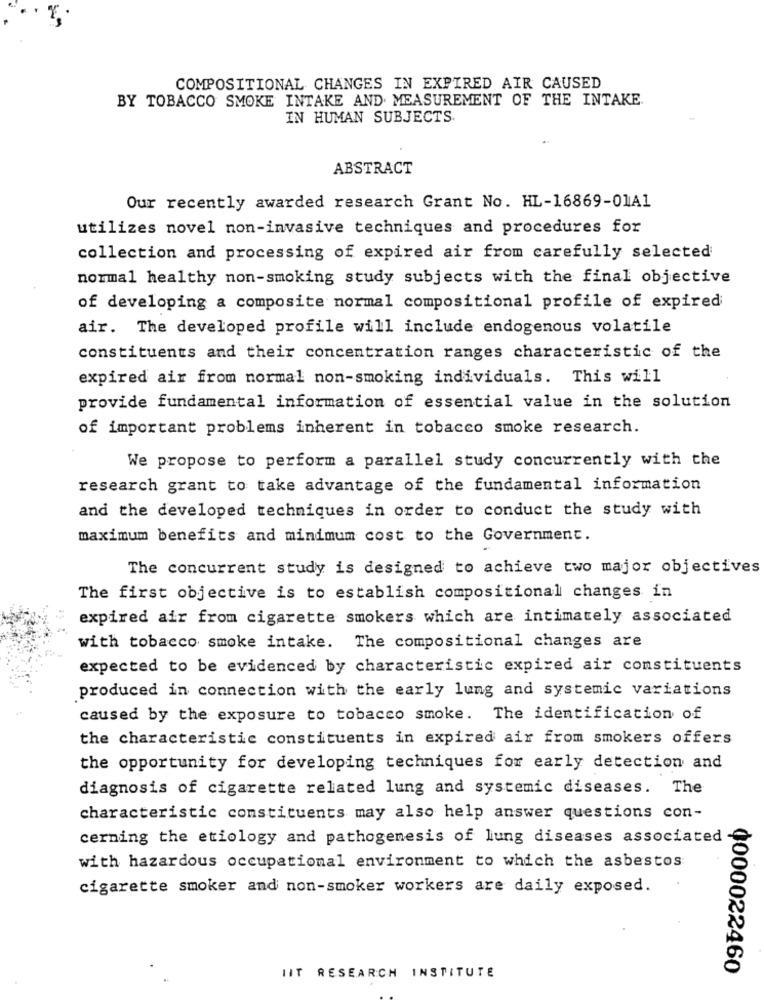
COMPOSITIONAL CHANGES IN EXPIRED AIR CAUSED
BY TOBACCO SMOKE INTAKE AND MEASUREMENT OF THE INTAKE.
IN HUMAN SUBJECTS
ABSTRACT
Our recently awarded research Grant No. HL-16869-01A1
utilizes novel non-invasive techniques and procedures for
collection and processing of expired air from carefully selected
normal healthy non-smoking study subjects with the final objective
of developing a composite normal compositional profile of expired
air. The developed profile will include endogenous volatile
constituents and their concentration ranges characteristic of the
expired air from normal non-smoking individuals. This will
provide fundamental information of essential value in the solution
of important problems inherent in tobacco smoke research.
We propose to perform a parallel study concurrently with the
research grant to take advantage of the fundamental information
and the developed techniques in order to conduct the study with
maximum benefits and minimum cost to the Government.
The concurrent study is designed to achieve two major objectives
The first objective is to establish compositional changes in
expired air from cigarette smokers which are intimately associated
with tobacco smoke intake. The compositional changes are
expected to be evidenced by characteristic expired air constituents
produced in connection with the early lung and systemic variations
caused by the exposure to tobacco smoke. The identification of
the characteristic constituents in expired air from smokers offers
the opportunity for developing techniques for early detection and
diagnosis of cigarette related lung and systemic diseases. The
characteristic constituents may also help answer questions con-
cerning the etiology and pathogenesis of lung diseases associated -
with hazardous occupational environment to which the asbestos
cigarette smoker and non-smoker workers are daily exposed.
0000022460
IIT RESEARCH INSTITUTE